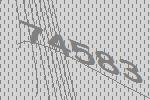
74583